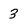
Character: 3